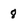
Character: 8